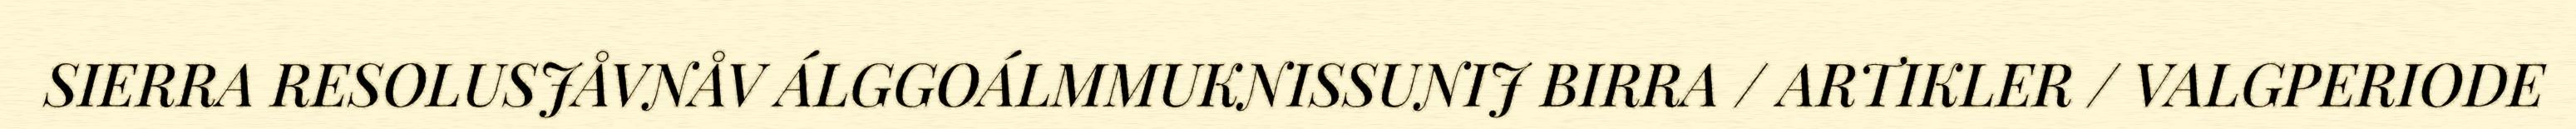
SIERRA RESOLUSJÅVNÅV ÁLGGOÁLMMUKNISSUNIJ BIRRA / ARTIKLER / VALGPERIODE